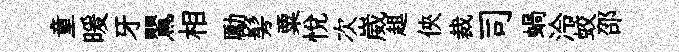
童暖牙鸎相勵髣粟悦次崴趄俠裁司蝸泠蛟邵